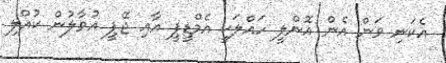
އެކަނި ވަން އެން އޮންލީ ހައްލަކީ އެމްޑީޕީ އާއި ޖޭޕީ އުވާލުން ކުއްލި